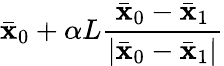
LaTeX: \bar{\mathbf{x}}_{0}+\alpha L\frac{\bar{\mathbf{x}}_{0}-\bar{\mathbf{x}}_{1}}{\left|\bar{\mathbf{x}}_{0}-\bar{\mathbf{x}}_{1}\right|}